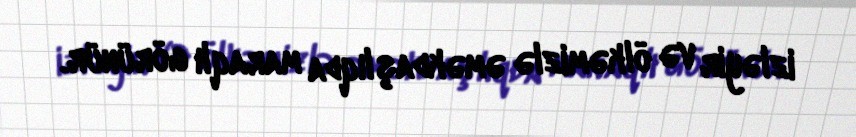
izləyir və ölkəmizlə əməkdaşlıqda maraqlı görünür.